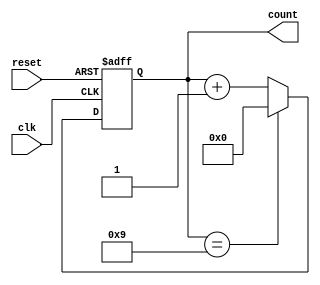
module BinaryCounter (
    input wire clk,
    input wire reset,
    output reg [3:0] count
);

// Define the flip-flops for the binary counter
reg [3:0] ff0, ff1, ff2, ff3;

// Connect the flip-flops in a chain
always @(posedge clk or posedge reset)
begin
    if (reset)
    begin
        ff0 <= 4'b0000;
        ff1 <= 4'b0000;
        ff2 <= 4'b0000;
        ff3 <= 4'b0000;
    end
    else
    begin
        ff0 <= ff0 + 1;
        if (ff0 == 4'b1001)
        begin
            ff0 <= 4'b0000;
            ff1 <= ff1 + 1;
            if (ff1 == 4'b1001)
            begin
                ff1 <= 4'b0000;
                ff2 <= ff2 + 1;
                if (ff2 == 4'b1001)
                begin
                    ff2 <= 4'b0000;
                    ff3 <= ff3 + 1;
                end
            end
        end
    end
end

// Assign the output count
assign count = {ff3, ff2, ff1, ff0};

endmodule